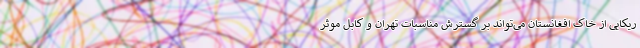
ریکایی از خاک افغانستان می‌تواند بر گسترش مناسبات تهران و کابل موثر